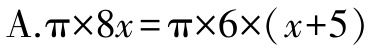
$\text{A.}\pi\times8x = \pi\times6\times(x + 5)$